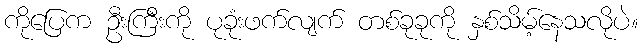
ကိုပြေက ဦးကြီးကို ပုခုံးဖက်လျက် တစ်ခုခုကို နှစ်သိမ့်နေသလိုပဲ။